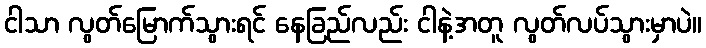
ငါသာ လွတ်မြောက်သွားရင် နေခြည်လည်း ငါနဲ့အတူ လွတ်လပ်သွားမှာပဲ။